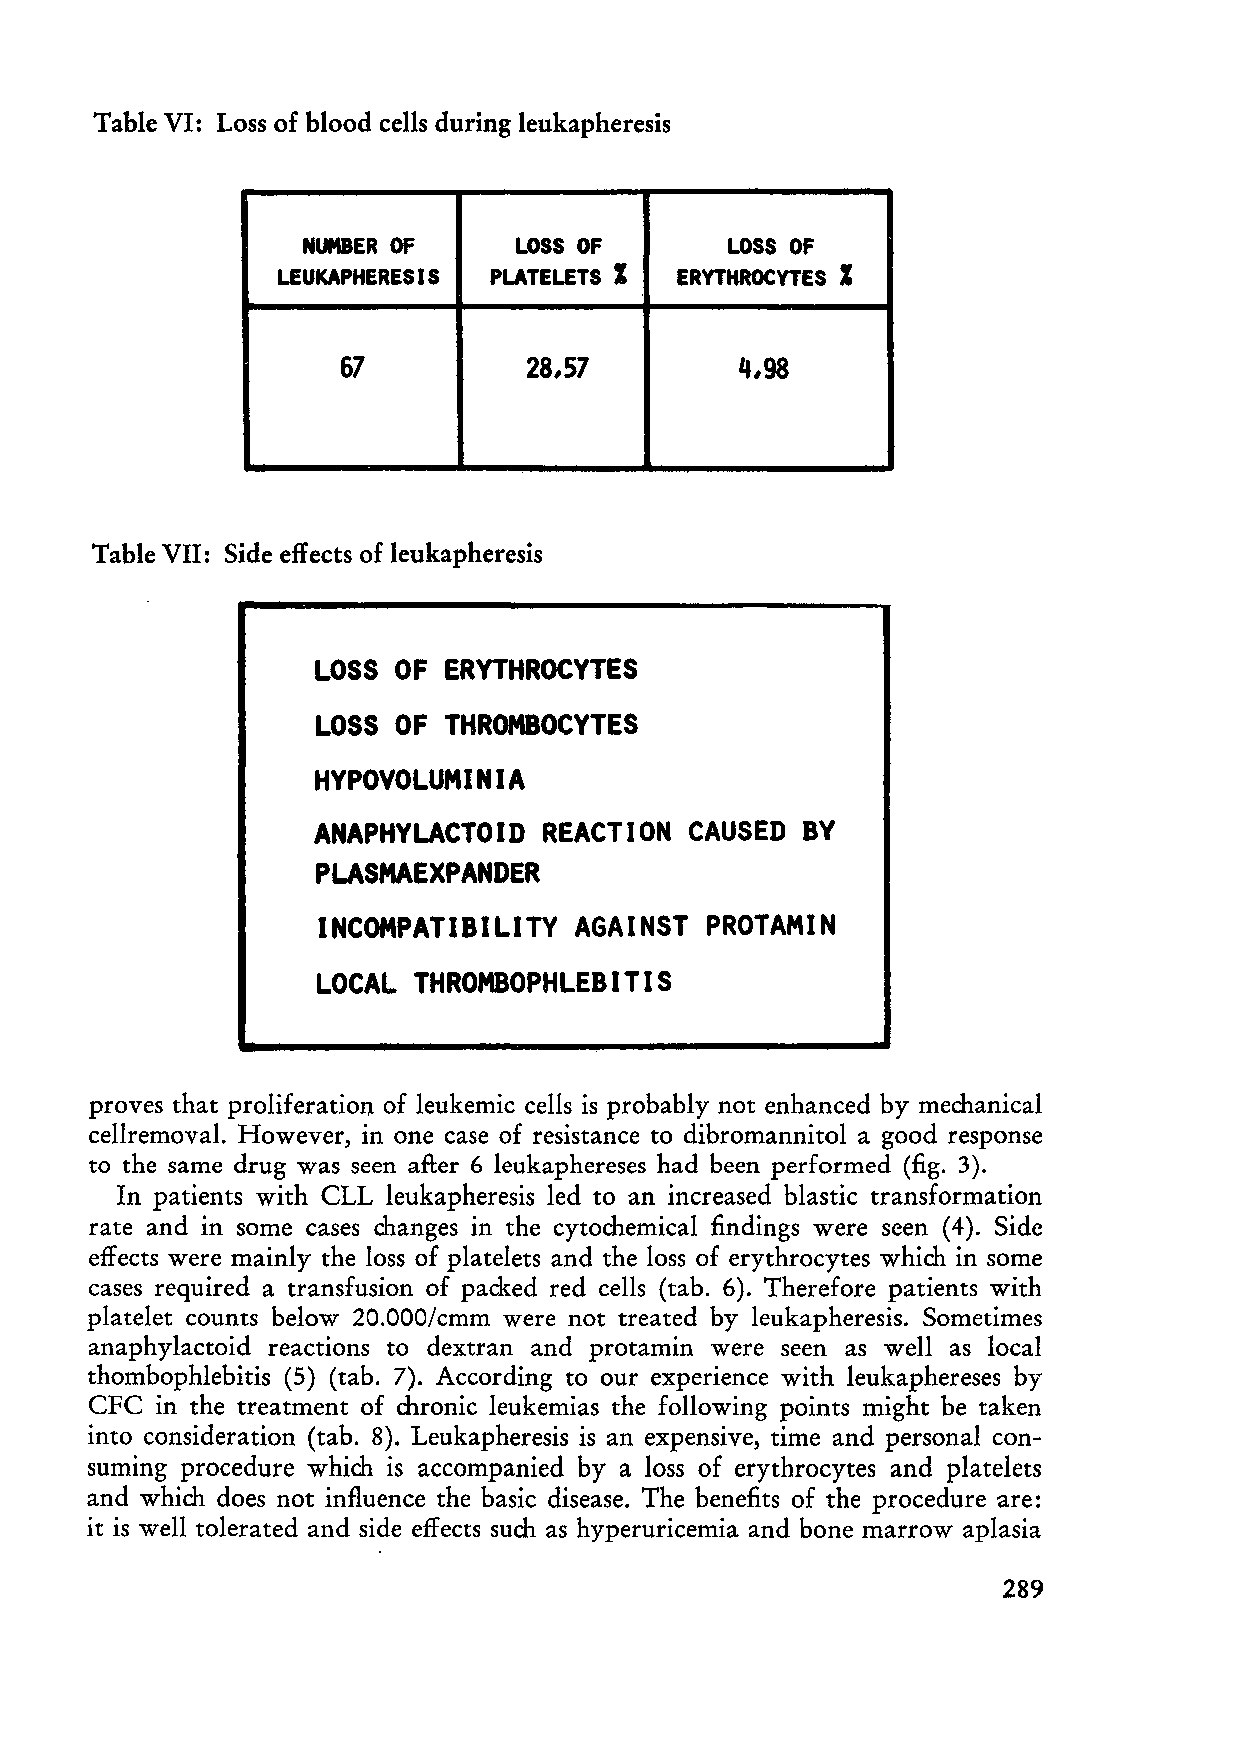
Table VI: Loss of blood cells during leukapheresis
 NUMBER OF     LOSS OF       LOSS OF
 LEUKAPHERESIS  PLATELETS I ERYTHROCYTES I
 67          28,57         4,98
 Table VII: Side effects of leukapheresis
 lOSS OF  ERYTHROCYTES
 lOSS OF  THROMBOCYTES
 HYPOVOlUMINIA
 ANAPHYLACTOID  REACTION  CAUSED BY
 PLASMAEXPANDER
 INCOMPATIBlllTY  AGAINST  PROTAMIN
 lOCAl THROMBOPHlEBITIS
 proves that proliferation of leukemic cells is probably not enhanced by mechanical
 cellremoval. However, in one case of resistance to dibromannitol a good response
 to the same drug was seen afl:er 6 leukaphereses had been performed (fig. 3).
 In patients with CLL leukapheresis led to an increased blastic transformation
 rate and in some cases changes in the cytochemical findings were seen (4). Side
 effects were mainly the loss of platelets and the loss of erythrocytes which in some
 cases required a transfusion of packed red cells (tab. 6). Therefore patients with
 platelet counts below 20.000/cmm were not treated by leukapheresis. Sometimes
 anaphylactoid reactions to dextran and protamin were seen as weIl as local
 thombophlebitis (5) (tab. 7). According to our experience with leukaphereses by
 CFC in the treatment of chronic leukemias the following points might be taken
 into consideration (tab. 8). Leukapheresis is an expensive, time and personal con
 suming procedure which is accompanied by a loss of erythrocytes and platelets
 and which does not influence the basic disease. The benefits of the procedure are:
 it is weIl tolerated and side effects such as hyperuricemia and bone marrow aplasia
 289